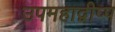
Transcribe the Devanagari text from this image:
उपमहाद्वीप्प